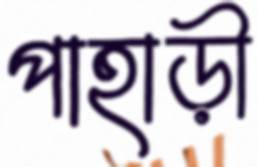
পাহাড়ী